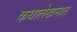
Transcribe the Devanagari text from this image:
कथालेखनात